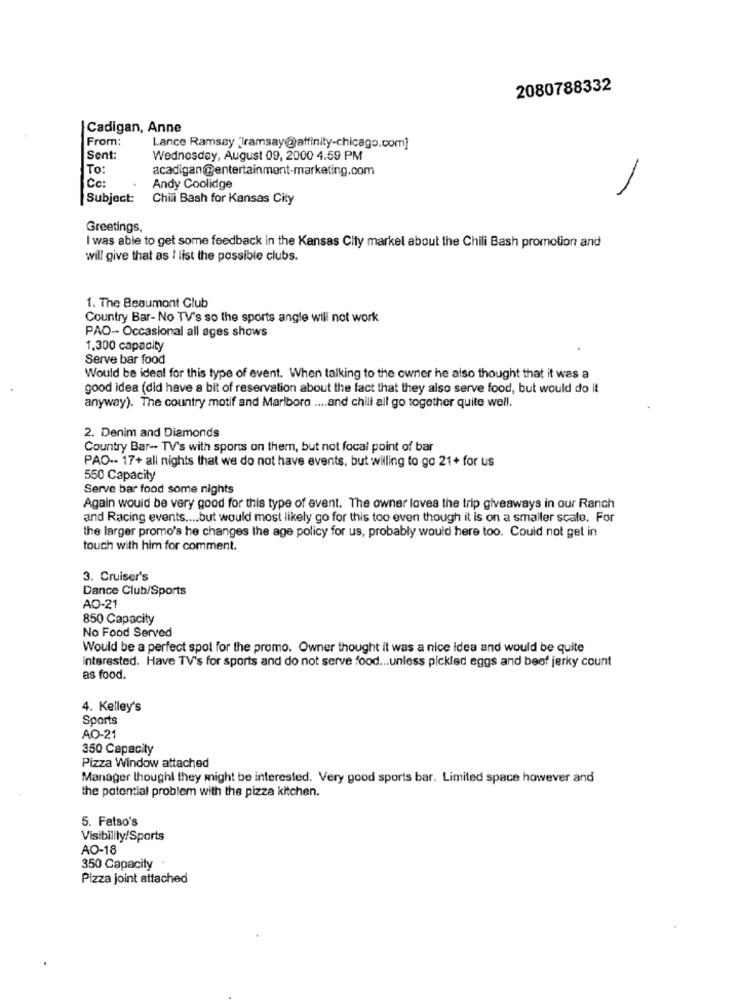
2080788332
| Cadigan, Anne
From:
Lance Ramsay 'Tramsay@affinity-chicago.com]
Sent:
Wednesday, August 09, 2000 4:59 PM
To:
acadigan@entertainment-marketing.com
Cc
Andy Coolidge
-
Subject:
Chilli Bash for Kansas City
Greetings,
I was able to get some feedback in the Kansas City markel about the Chili Bash promotion and
will give that as I list the possible clubs.
1. The Beaumont Club
Country Bar- No TV's so the sports angle will not work
PAO- Occasional all ages shows
1.300 capacity
Serve bar food
Would be ideal for this type of event. When talking to the owner he also thought that it was a
good idea (did have a bit of reservation about the fact that they also serve food, but would do it
anyway). The country motif and Marlboro .... and chill all go together quite well.
2. Denim and Diamonds
Country Bar -- TV's with sports on them, but not focal point of bar
PAO -- 17+ all nights that we do not have events, but willing to go 21+ for us
550 Capacity
Serve bar food some nights
Again would be very good for this type of event. The owner loves the trip giveaways in our Ranch
and Racing events .... but would most likely go for this too even though it is on a smaller scale. For
the larger promo's he changes the age policy for us, probably would here too. Could not get in
touch with him for comment.
3. Cruiser's
Dance Club/Sports
AO-21
850 Capacity
No Food Served
Would be a perfect spot for the promo. Owner thought it was a nice idea and would be quite
interested. Have TV's for sports and do not serve food ... unless pickled eggs and beef jerky count
as food.
4. Kelley's
Sports
AO-21
350 Capacity
Pizza Window attached
Manager thoughl they might be interested. Very good sports bar. Limited space however and
the potential problem with the pizza kitchen.
5. Fatso's
Visibility/Sports
AO-18
350 Capacity
Pizza joint attached